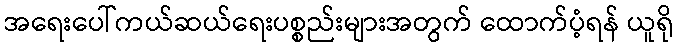
အရေးပေါ်ကယ်ဆယ်ရေးပစ္စည်းများအတွက် ထောက်ပံ့ရန် ယူရို